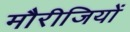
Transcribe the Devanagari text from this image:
मौरीजियों